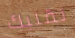
لقلبك